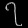
Digit: ၇